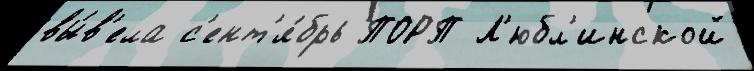
вы́в'ела с'ент'я́брь ПОРП Л'юбл'инской